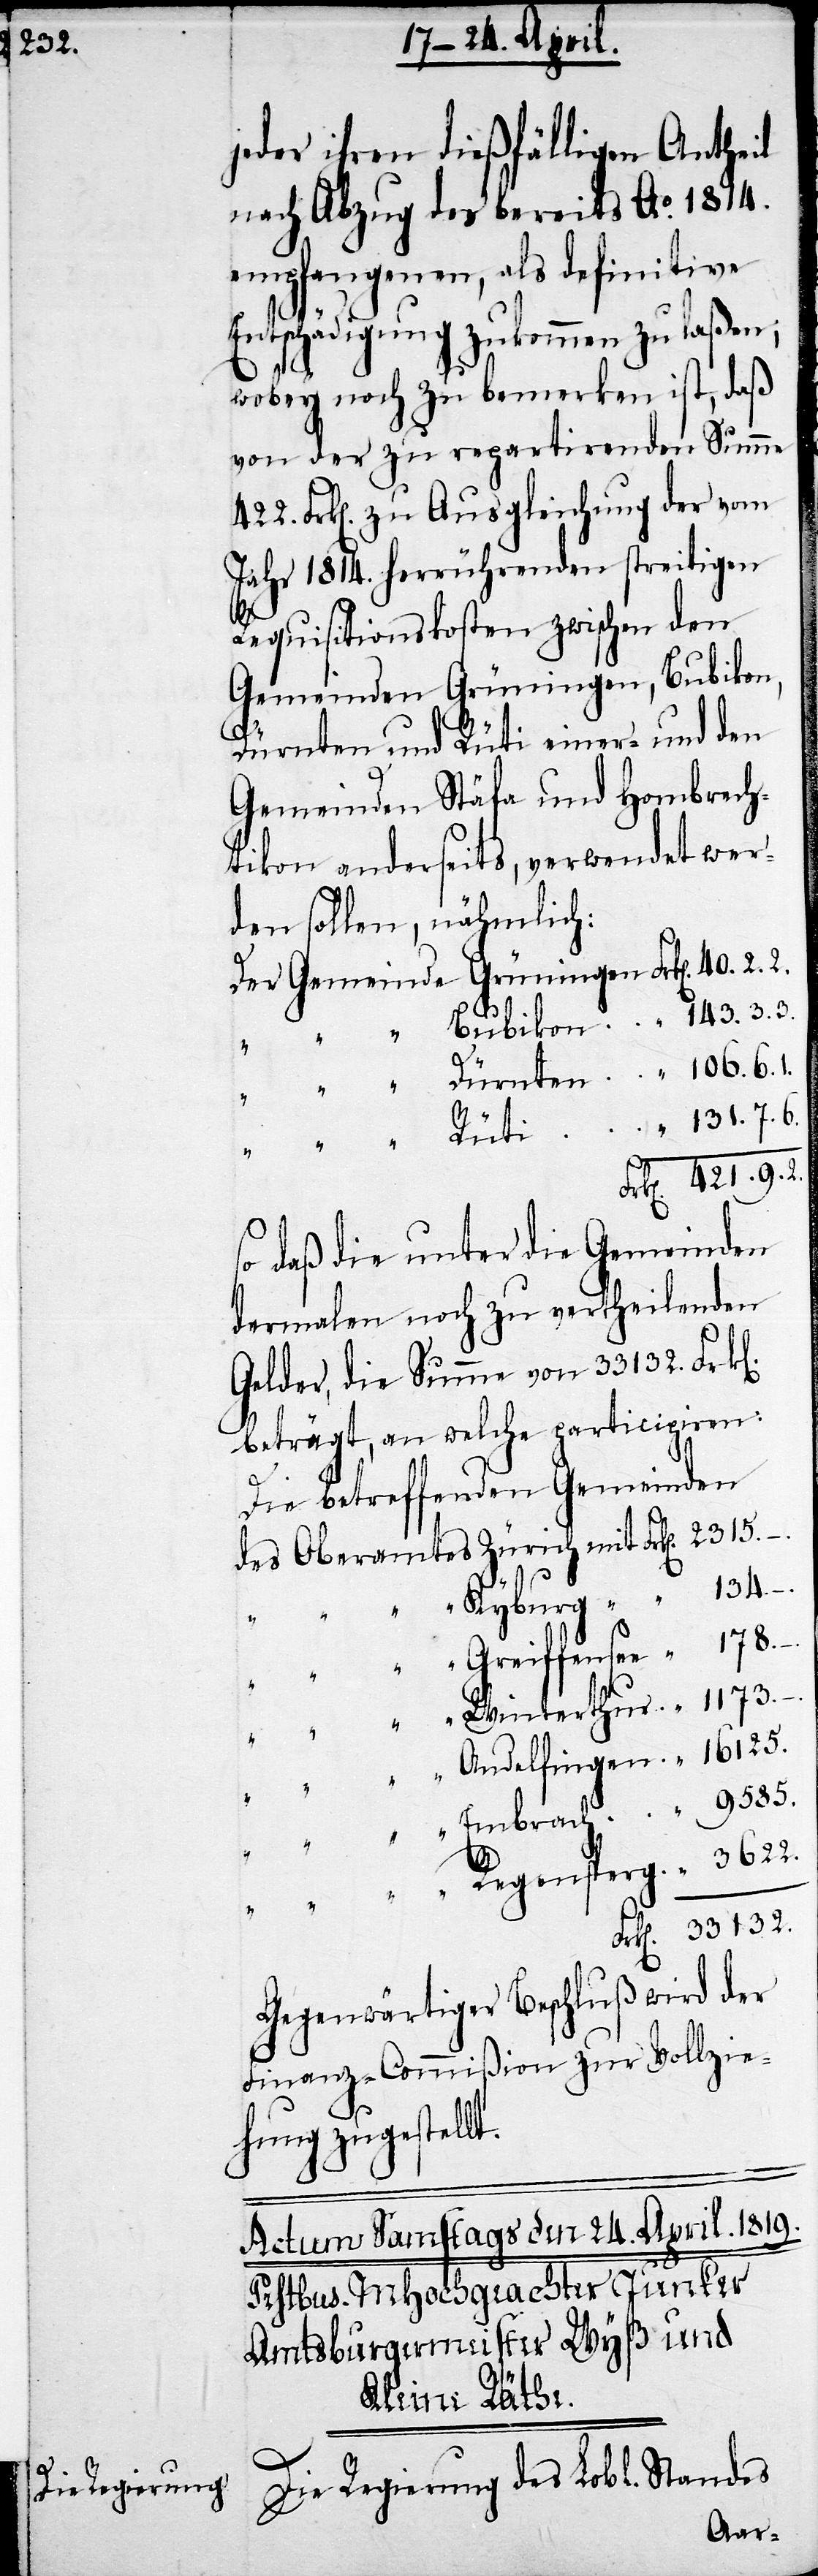
jeder ihren dießfälligen Antheil
nach Abzug des bereits Ao. 1814.
empfangenen, als definitive
Entschädigung zukommen zu laßen;
n].
wobey noch zu bemerken ist, daß
von der zu repartirenden Summe
Frk[en]. zu Ausgleichung der vom
Jahr 1814. herrührenden streitigen
Requisitionskosten zwischen den
Gemeinden Grüningen, Bubikon,
Dürnten und Rüti einer- und den
Gemeinden Stäfa und Hombrech¬
tikon anderseits, verwendet wer¬
den sollen, nähmlich:
Der Gemeinde Grüningen
Frk[en]. 421.9.2.
so daß die unter die Gemeinden
dermalen noch zu vertheilenden
Gelder, die Summe von 33132. Frk[e¬
beträgt, an welche participiren:
Die betreffenden Gemeinden
des Oberamtes Zürich mit Frk[en]. 2315.
Kyburg " " 134.
Greiffensee " 178.
Winterthur " 1173.
Andelfingen " 16125.
t.
9585.
Frk[en]. 33132.
Gegenwärtiger Beschluß wird der
Finanz-Commißion zur Vollzie¬
hung zugestell¬
Die Regierung des Lobl. Standes